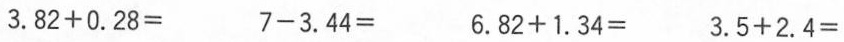
$$3 . 8 2 + 0 . 2 8 =$$ $$7 - 3 . 4 4 =$$ $$6 . 8 2 + 1 . 3 4 =$$ $$3 . 5 + 2 . 4 =$$